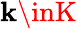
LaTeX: \mathbf{k}\inK